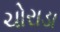
ચોરાડા